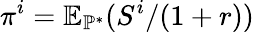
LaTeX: \pi^{i}=\mathbb{E}_{\mathbb{P}^{*}}(S^{i}/(1+r))